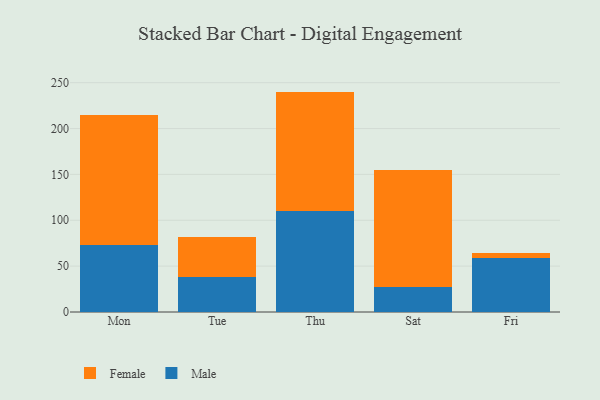
{"axis": {"x": "Day", "y": "Backlog"}, "legend": ["Female", "Male"], "data": [{"x": "Mon", "y": 73.0, "type": "Male"}, {"x": "Mon", "y": 142.2, "type": "Female"}, {"x": "Tue", "y": 38.3, "type": "Male"}, {"x": "Tue", "y": 43.3, "type": "Female"}, {"x": "Thu", "y": 109.9, "type": "Male"}, {"x": "Thu", "y": 130.4, "type": "Female"}, {"x": "Sat", "y": 27.8, "type": "Male"}, {"x": "Sat", "y": 127.4, "type": "Female"}, {"x": "Fri", "y": 58.4, "type": "Male"}, {"x": "Fri", "y": 6.4, "type": "Female"}]}